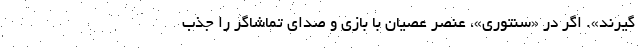
گیرند». اگر در «سنتوری»، عنصر عصیان با بازی و صدای تماشاگر را جذب